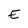
Character: E